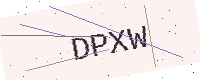
Text: DPXW